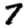
Digit: 7